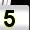
Digit: 5